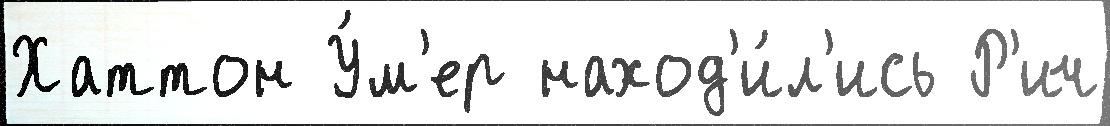
Хаттон У́м'ер наход'и́л'ись Р'ич